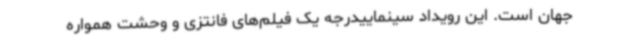
جهان است. این رویداد سینماییدرجه یک فیلم‌های فانتزی و وحشت همواره